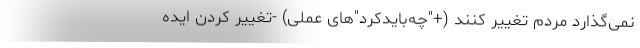
نمی‌گذارد مردم تغییر کنند (+"چه‌بایدکرد"‌های عملی) -تغییر کردن ایده